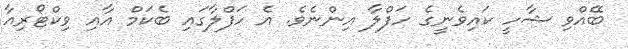
ބޭއްވި ޝާހީ ކައިވެނީގެ ހަފްލާ އިންނެވެ. އެ ހަފްލާގައި ބެކަމް އާއި ވިކްޓޯރިއާ